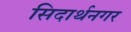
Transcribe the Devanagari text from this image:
सिदार्थनगर